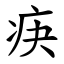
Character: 疦